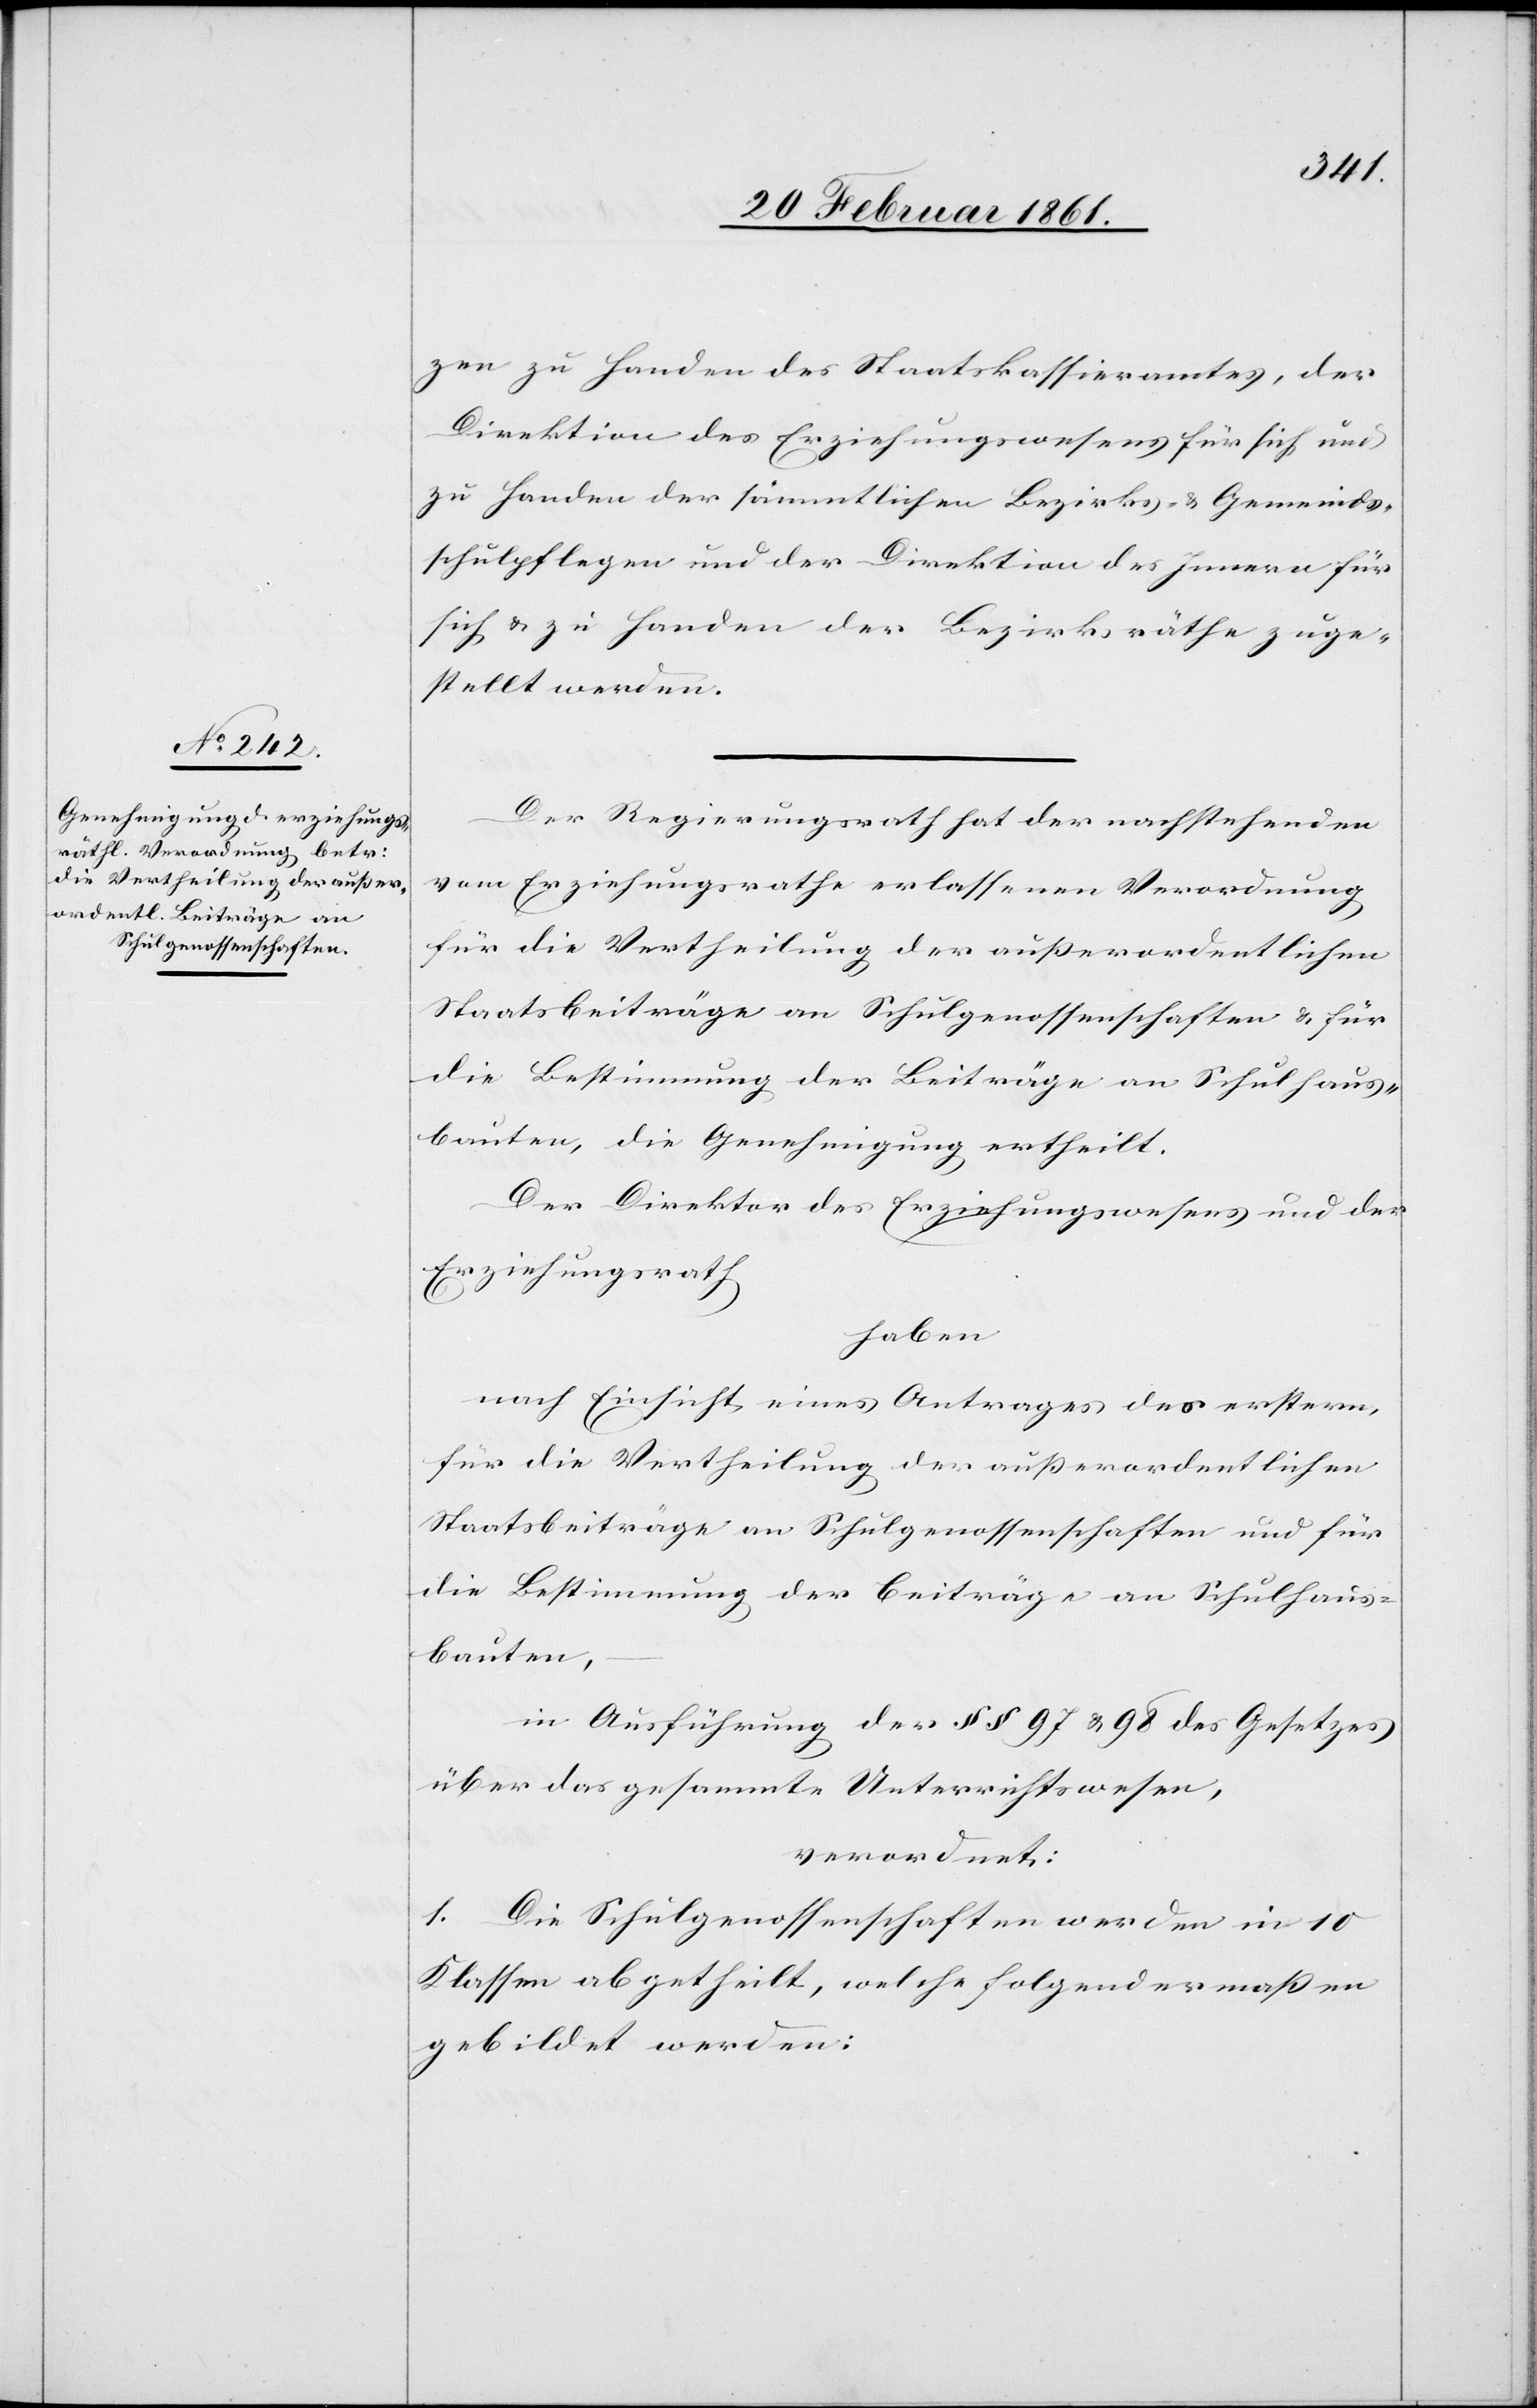
zen zu Handen des Staatskassieramtes, der
Direktion des Erziehungswesens für sich und
zu Handen der sämmtlichen Bezirks- u. Gemeinds¬
schulpflegen und der Direktion des Innern für
sich u. zu Handen der Bezirksräthe zuge¬
stellt werden.
Der Regierungsrath hat der nachstehenden
vom Erziehungsrathe erlassenen Verordnung,
für die Vertheilung der ausserordentlichen
Staatsbeiträge an Schulgenossenschaften u. für
die Bestimmung der Beiträge an Schulhaus¬
bauten, die Genehmigung ertheilt.
Der Direktor des Erziehungswesens und der
Erziehungsrath,
haben
nach Einsicht eines Antrages des erstern,
für die Vertheilung der ausserordentlichen
Staatsbeiträge an Schulgenossenschaften und für
die Bestimmung der Beiträge an Schulhaus¬
bauten,
in Ausführung der §§ 97 u. 98 des Gesetzes
über das gesammte Unterrichtswesen,
verordnet:
1. Die Schulgenossenschaften werden in 10
Klassen abgetheilt, welche folgendermassen
gebildet werden: